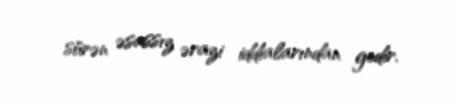
sürən əsassız ərazi iddialarından gedir.